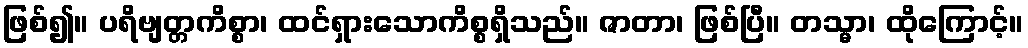
ဖြစ်၍။ ပရိဗျတ္တကိစ္စာ၊ ထင်ရှားသောကိစ္စရှိသည်။ ဇာတာ၊ ဖြစ်ပြီ။ တသ္မာ၊ ထိုကြောင့်။